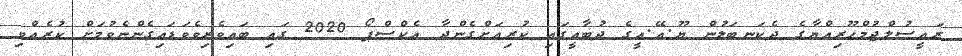
ރައީސުލްޖުމްހޫރިއްޔާގެ ދެކަނބަލުން ޔޫ.އޭ.އީގެ ދުބާއީގައި ކުރިއަށްގެންދާ އެކްސްޕޯ 2020 ގައި ބައިވެރިވެވަޑައިގެންނެވުމަށް ކުރެއްވި